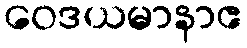
ဝေဒယမာနာဧ